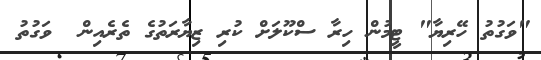
"ވަގުތު ހޭރިޔާ" ޓީމުން ހިރާ ސްކޫލަށް ކުރި ޒިޔާރަތުގެ ތެރެއިން  ވަގުތު